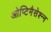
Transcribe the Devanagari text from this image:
ओप्टिमैसेश्न्न